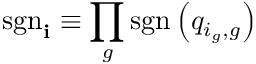
\mathrm { s g n } _ { \mathbf i } \equiv \prod _ { g } \mathrm { s g n } \left( q _ { i _ { g } , g } \right)